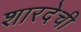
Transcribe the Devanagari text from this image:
शारदेची